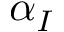
\alpha _ { I }